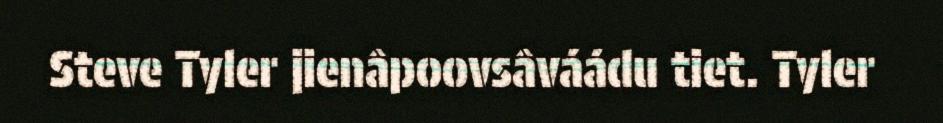
Steve Tyler jienâpoovsâváádu tiet. Tyler